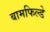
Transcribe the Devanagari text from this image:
बामफिल्डे